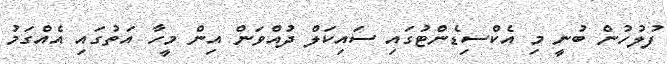
ފުލުހުން ބުނީ މި އެކްސިޑެންޓުގައި ސައިކަލް ދުއްވަން އިން މީހާ އަތުގައި އެއްގަމު